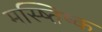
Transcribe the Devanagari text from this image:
मस्ष्तिष्क